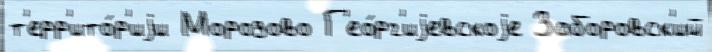
т'ерр'ито́р'иjи Морозово Г'ео́рг'иjевскоjе Заборовск'ий